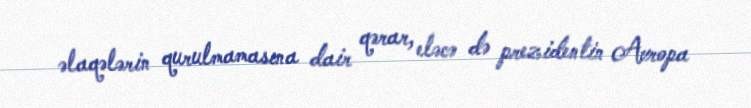
əlaqələrin qurulmamasına dair qərar, eləcə də prezidentin Avropa